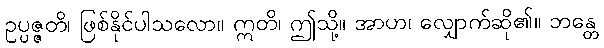
ဥပ္ပဇ္ဇတိ၊ ဖြစ်နိုင်ပါသလော။ ဣတိ၊ ဤသို့။ အာဟ၊ လျှောက်ဆို၏။ ဘန္တေ